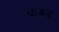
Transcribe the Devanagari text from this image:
धाकड़